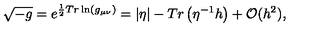
\sqrt { - g } = e ^ { \frac { 1 } { 2 } T r \ln ( g _ { \mu \nu } ) } = | \eta | - T r \left( \eta ^ { - 1 } h \right) + { \cal O } ( h ^ { 2 } ) ,